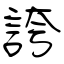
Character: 誇